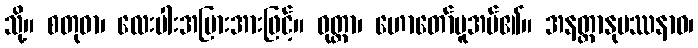
သို့။ စတုဓာ၊ လေးပါးအပြားအားဖြင့်။ ဝုတ္တာ၊ ဟောတော်မူအပ်၏။ အနတ္တာနုပဿနာဝ၊